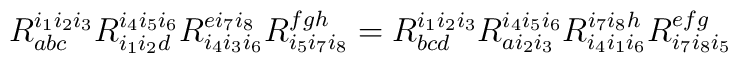
R_{abc}^{i_{1}i_{2}i_{3}} R_{i_{1}i_{2}d}^{i_{4}i_{5}i_{6}}R_{i_{4}i_{3}i_{6}}^{ei_{7}i_{8}} R_{i_{5}i_{7}i_{8}}^{fgh}= R_{bcd}^{i_{1}i_{2}i_{3}} R_{ai_{2}i_{3}}^{i_{4}i_{5}i_{6}}R_{i_{4}i_{1}i_{6}}^{i_{7}i_{8}h} R_{i_{7}i_{8}i_{5}}^{efg}